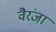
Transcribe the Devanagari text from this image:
वैरंजा